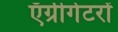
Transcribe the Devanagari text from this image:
ऍग्रीगेटरों